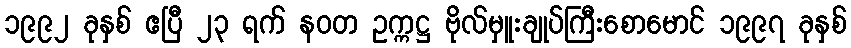
၁၉၉၂ ခုနှစ် ဧပြီ ၂၃ ရက် နဝတ ဥက္ကဋ္ဌ ဗိုလ်မှူးချုပ်ကြီးစောမောင် ၁၉၉၇ ခုနှစ်